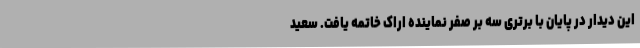
این دیدار در پایان با برتری سه بر صفر نماینده اراک خاتمه یافت. سعید